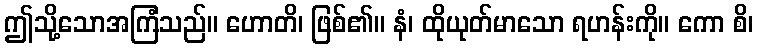
ဤသို့သောအကြံသည်။ ဟောတိ၊ ဖြစ်၏။ နံ၊ ထိုယုတ်မာသော ရဟန်းကို။ ကော စိ၊